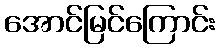
အောင်မြင်ကြောင်း